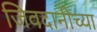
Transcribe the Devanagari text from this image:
जिवदानीच्या